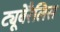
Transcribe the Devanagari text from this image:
ट्यूबेरैलिस